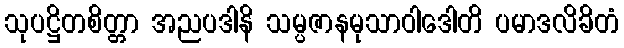
သုပဋ္ဌိတစိတ္တာ အညပဒါနိ သမ္ပဇာနမုသာဝါဒေါတိ ပမာဒလိခိတံ